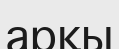
арқы